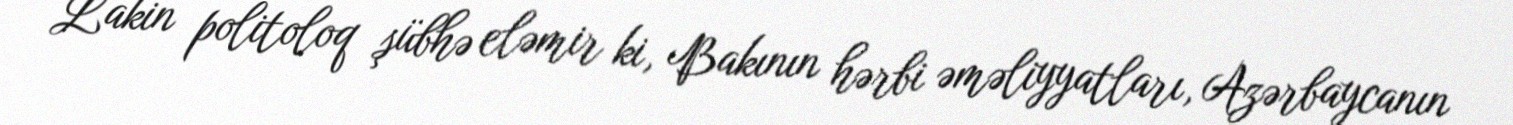
Lakin politoloq şübhə eləmir ki, Bakının hərbi əməliyyatları, Azərbaycanın